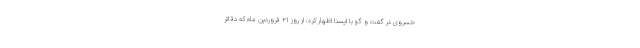
خسروی در گفت و گو با ایسنا اظهار کرد: از روز ۲۱ فروردین ماه که دفاتر